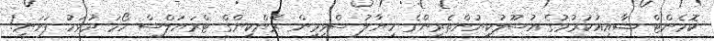
ކޮމެންޓް ޝާއިއުކުރުމުގެ އުސޫލުކިޔުންތެރިންގެ ހިޔާލު ސްވިމިން ރޭންކިންގް ޓްރަޔަލްސް ހޯމަ ދުވަހު ފަށަނީ!